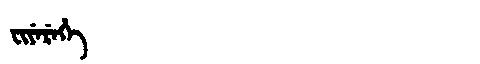
Manchu: ᠸᡳᠶᡝᡵᡝᡥᡝ
Romanization: FIYEREHE